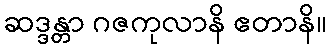
ဆဒ္ဒန္တာ ဂဇကုလာနိ ဧတာနိ။